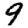
Digit: 9